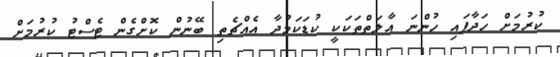
ކުރުމަށް ހަދާފައި ހުންނަ އާލަތްތަކަކީ ކުޑަކަމުދާ އެއްޗެތި ބޭނުން ކޮށްގެން ޓެސްޓު ކުރުމަށް